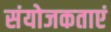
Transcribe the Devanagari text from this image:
संयोजकताएं